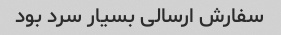
سفارش ارسالی بسیار سرد بود